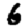
Digit: 6